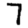
Digit: 7